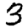
Digit: 3